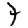
Digit: 7